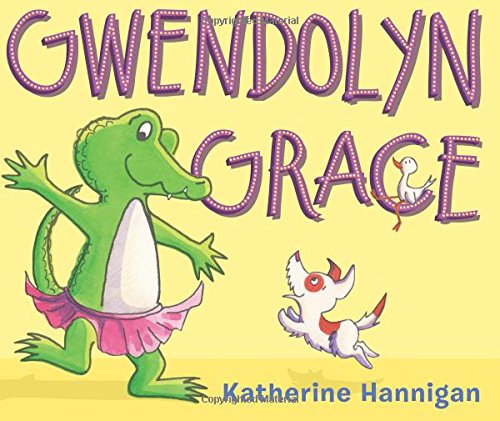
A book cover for Gwendolyn Grace; Katherine Hannigan; Children's Books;